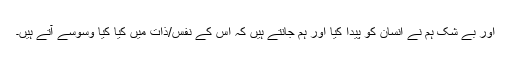
اور بے شک ہم نے انسان کو پیدا کیا اور ہم جانتے ہیں کہ اس کے نفس/ذات میں کیا کیا وسوسے آتے ہیں۔